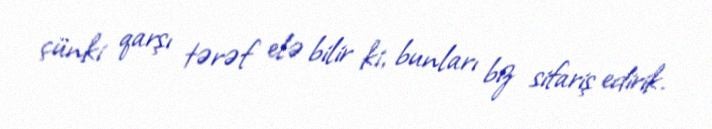
çünki qarşı tərəf elə bilir ki, bunları biz sifariş edirik.